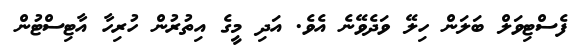
ފެސްޓިވަލް ބަލަން ހިލޭ ވަދެވޭނެ އެވެ. އަދި މީގެ އިިތުރުން ހުރިހާ އާޓިސްޓުން